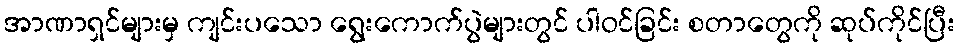
အာဏာရှင်များမှ ကျင်းပသော ရွေးကောက်ပွဲများတွင် ပါဝင်ခြင်း စတာတွေကို ဆုပ်ကိုင်ပြီး